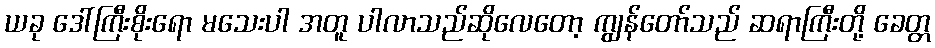
ယခု ဒေါ်ကြီးစိုးရော မသေးပါ အတူ ပါလာသည်ဆိုလေတော့ ကျွန်တော်သည် ဆရာကြီးတို့ ခေတ္တ